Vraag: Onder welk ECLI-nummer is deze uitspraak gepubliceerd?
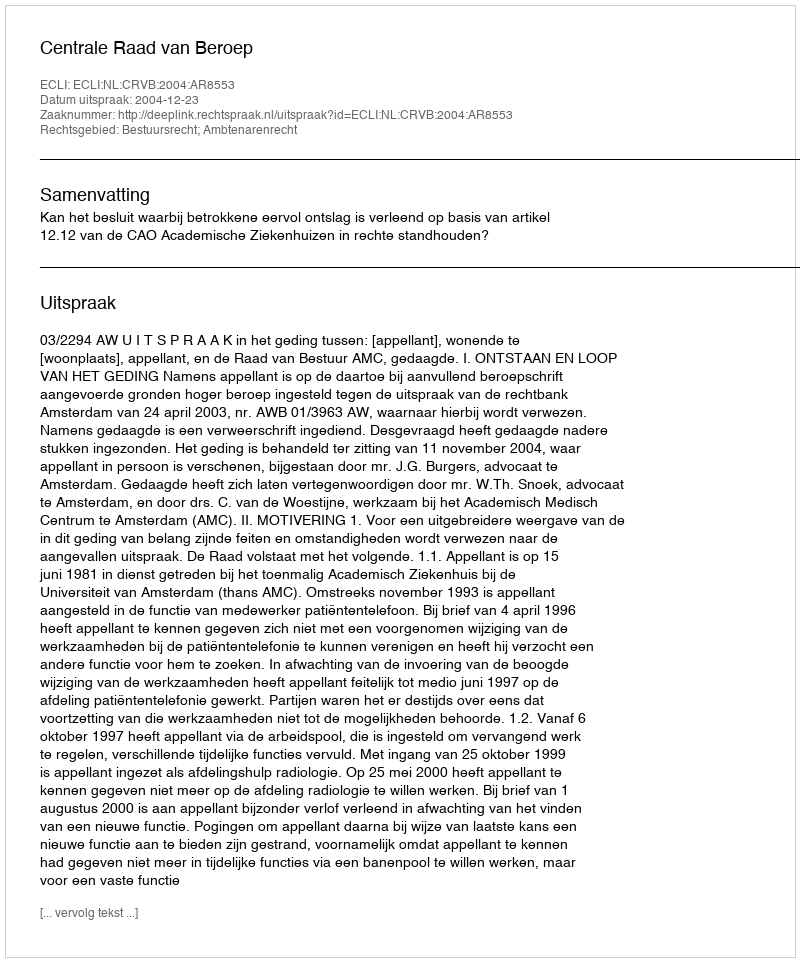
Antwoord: ECLI:NL:CRVB:2004:AR8553